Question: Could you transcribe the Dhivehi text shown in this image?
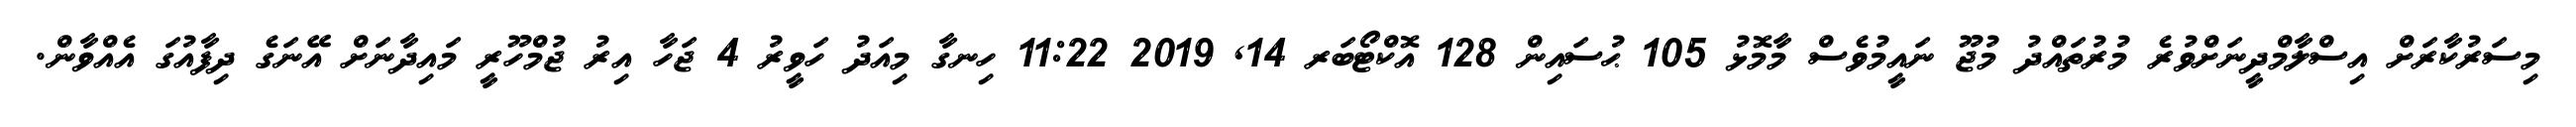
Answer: މިސަރުކާރަށް އިސްލާމްދީނަށްވުރެ މުރުތައްދު މުޖޫ ނައީމުވެސް މާމޮޅު 105 ޙުސައިން 128 އޮކްޓޯބަރ 14, 2019 11:22 ހިނގާ މިއަދު ހަވީރު 4 ޖަހާ އިރު ޖުމްހޫރީ މައިދާނަށް އޭނަގެ ދިފާއުގަ އެއްވާން.